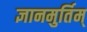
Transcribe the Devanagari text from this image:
ज्ञानमुर्तिम्‌